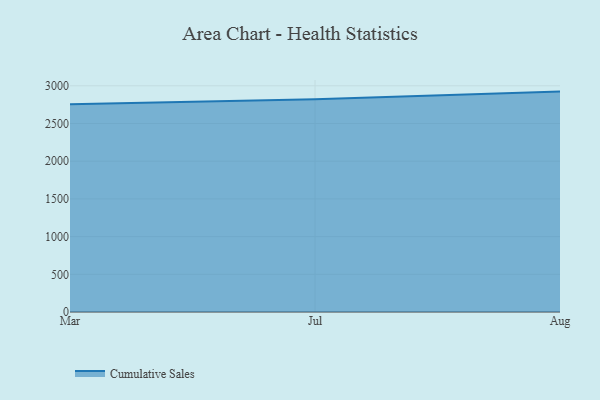
{"axis": {"x": "Month", "y": "Temperature (°C)"}, "legend": ["Cumulative Sales"], "data": [{"x": "Mar", "y": 2756.1, "type": "Cumulative Sales"}, {"x": "Jul", "y": 2822.2, "type": "Cumulative Sales"}, {"x": "Aug", "y": 2923.1, "type": "Cumulative Sales"}]}